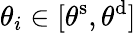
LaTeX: \theta_{i}\in[\theta^{\mathrm{s}},\theta^{\mathrm{d}}]